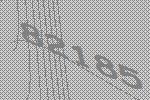
82185